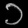
Digit: ၁